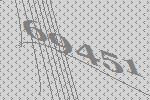
69451